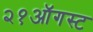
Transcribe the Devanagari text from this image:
२१ऑगस्ट